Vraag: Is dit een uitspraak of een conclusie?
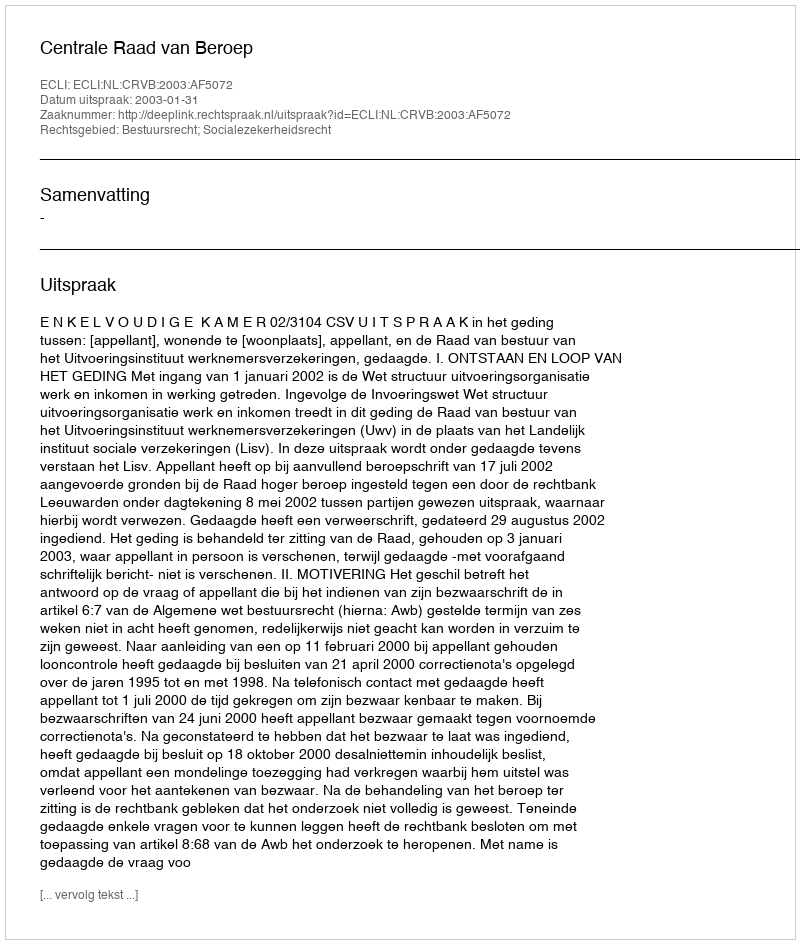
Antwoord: Uitspraak